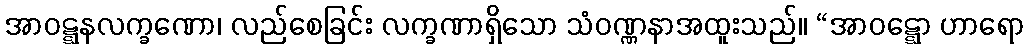
အာဝဋ္ဋနလက္ခဏော၊ လည်စေခြင်း လက္ခဏာရှိသော သံဝဏ္ဏနာအထူးသည်။ “အာဝဋ္ဋော ဟာရော